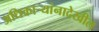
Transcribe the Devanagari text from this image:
अधिकाऱ्यांनादेखील